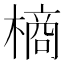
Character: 𭫶